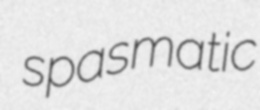
spasmatic